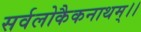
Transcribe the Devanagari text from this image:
सर्वलोकैकनाथम्।।